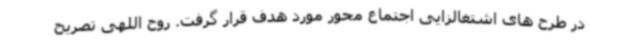
در طرح های اشتغالزایی اجتماع محور مورد هدف قرار گرفت. روح اللهی تصریح